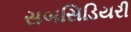
સબસિડિયરી